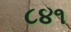
૮૪૧